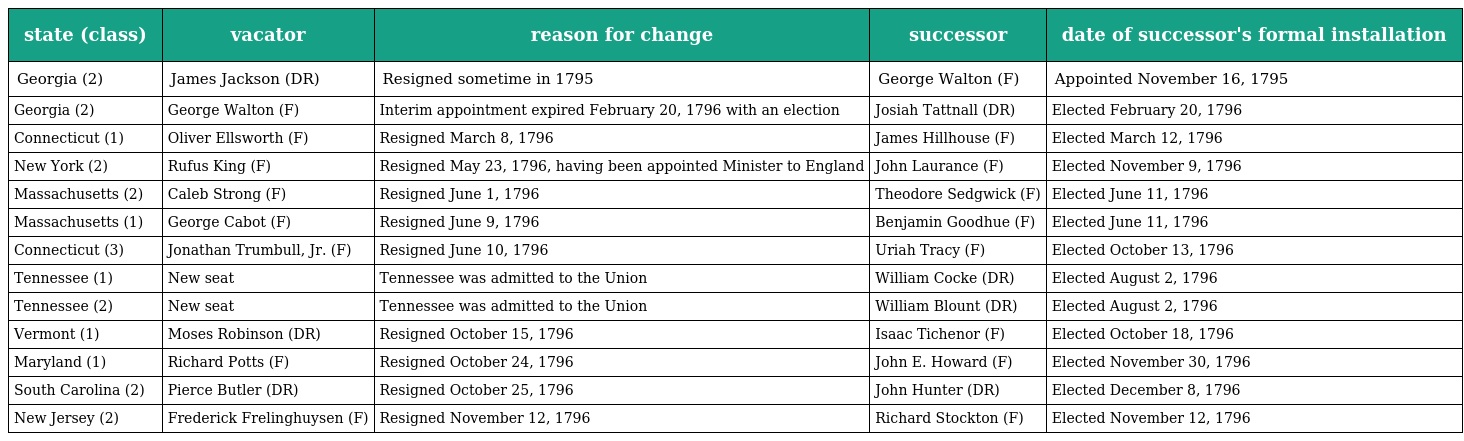
| state (class) | vacator | reason for change | successor | date of successor's formal installation |
 | --- | --- | --- | --- | --- |
 | Georgia (2) | James Jackson (DR) | Resigned sometime in 1795 | George Walton (F) | Appointed November 16, 1795 |
 | Georgia (2) | George Walton (F) | Interim appointment expired February 20, 1796 with an election | Josiah Tattnall (DR) | Elected February 20, 1796 |
 | Connecticut (1) | Oliver Ellsworth (F) | Resigned March 8, 1796 | James Hillhouse (F) | Elected March 12, 1796 |
 | New York (2) | Rufus King (F) | Resigned May 23, 1796, having been appointed Minister to England | John Laurance (F) | Elected November 9, 1796 |
 | Massachusetts (2) | Caleb Strong (F) | Resigned June 1, 1796 | Theodore Sedgwick (F) | Elected June 11, 1796 |
 | Massachusetts (1) | George Cabot (F) | Resigned June 9, 1796 | Benjamin Goodhue (F) | Elected June 11, 1796 |
 | Connecticut (3) | Jonathan Trumbull, Jr. (F) | Resigned June 10, 1796 | Uriah Tracy (F) | Elected October 13, 1796 |
 | Tennessee (1) | New seat | Tennessee was admitted to the Union | William Cocke (DR) | Elected August 2, 1796 |
 | Tennessee (2) | New seat | Tennessee was admitted to the Union | William Blount (DR) | Elected August 2, 1796 |
 | Vermont (1) | Moses Robinson (DR) | Resigned October 15, 1796 | Isaac Tichenor (F) | Elected October 18, 1796 |
 | Maryland (1) | Richard Potts (F) | Resigned October 24, 1796 | John E. Howard (F) | Elected November 30, 1796 |
 | South Carolina (2) | Pierce Butler (DR) | Resigned October 25, 1796 | John Hunter (DR) | Elected December 8, 1796 |
 | New Jersey (2) | Frederick Frelinghuysen (F) | Resigned November 12, 1796 | Richard Stockton (F) | Elected November 12, 1796 |